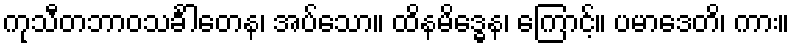
ကုသီတဘာဝသင်္ခါတေန၊ အပ်သော။ ထိနမိဒ္ဓေန၊ ကြောင့်။ ပမာဒေတိ၊ ကား။